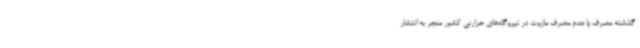
گذشته مصرف یا عدم مصرف مازوت در نیروگاه‌های حرارتی کشور منجر به انتشار